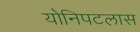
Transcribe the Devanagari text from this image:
योनिपटलास